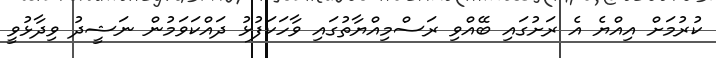
ކުރުމަށް އިއްޔެ އެ ރަށުގައި ބޭއްވި ރަސްމިއްޔާތުގައި ވާހަކަފުޅު ދައްކަވަމުން ނަޝީދު ވިދާޅުވީ